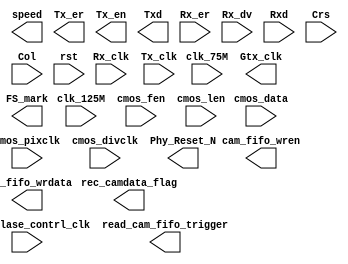
//add some changes in the master branch. 
//add some changes from another local master 
//and push this master to origin
module image2ethernet(
//output cmos_reset,
//output reg cmos_trig,
//output cmos_fixclk,
//output cmos_refclk,
//output cmos_flash,
//inout cmos_spi_sck,
//inout cmos_spi_mosi,
//inout cmos_spi_miso,
//inout cmos_spi_cs,
input [7:0] cmos_data,
input cmos_pixclk,
input cmos_divclk,
input mircoblase_contrl_clk,
input clk_75M,
input clk_125M,
input cmos_fen,
input cmos_len,
//input sys_clk,
//output reg ledout,
//output wire fpgaLED,

output [2:0]  speed,
output Gtx_clk,
input Rx_clk,
input Tx_clk,
output Tx_er,
output Tx_en,
output [7:0] Txd,
input Rx_er,
input Rx_dv,
input [7:0] Rxd,
input Crs,
input Col,
output Phy_Reset_N,
input rst,
output rec_camdata_flag,
output [15:0] FS_mark,
output cam_fifo_wren,
output read_cam_fifo_trigger,
output [63:0] cam_fifo_wrdata);

endmodule